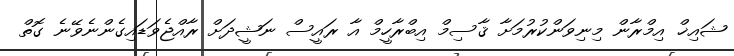
ޝައިޚް އިމްރާން މިނިވަންކުރުމަށާ ޤާސިމް އިބްރާހީމް އާ ރައީސް ނަޝީދަށް ރާއްޖެވަޑައިގެންނެވޭނެ ގޮތް